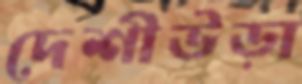
দেশীউড়া